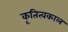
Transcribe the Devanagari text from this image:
कृतित्वकाल